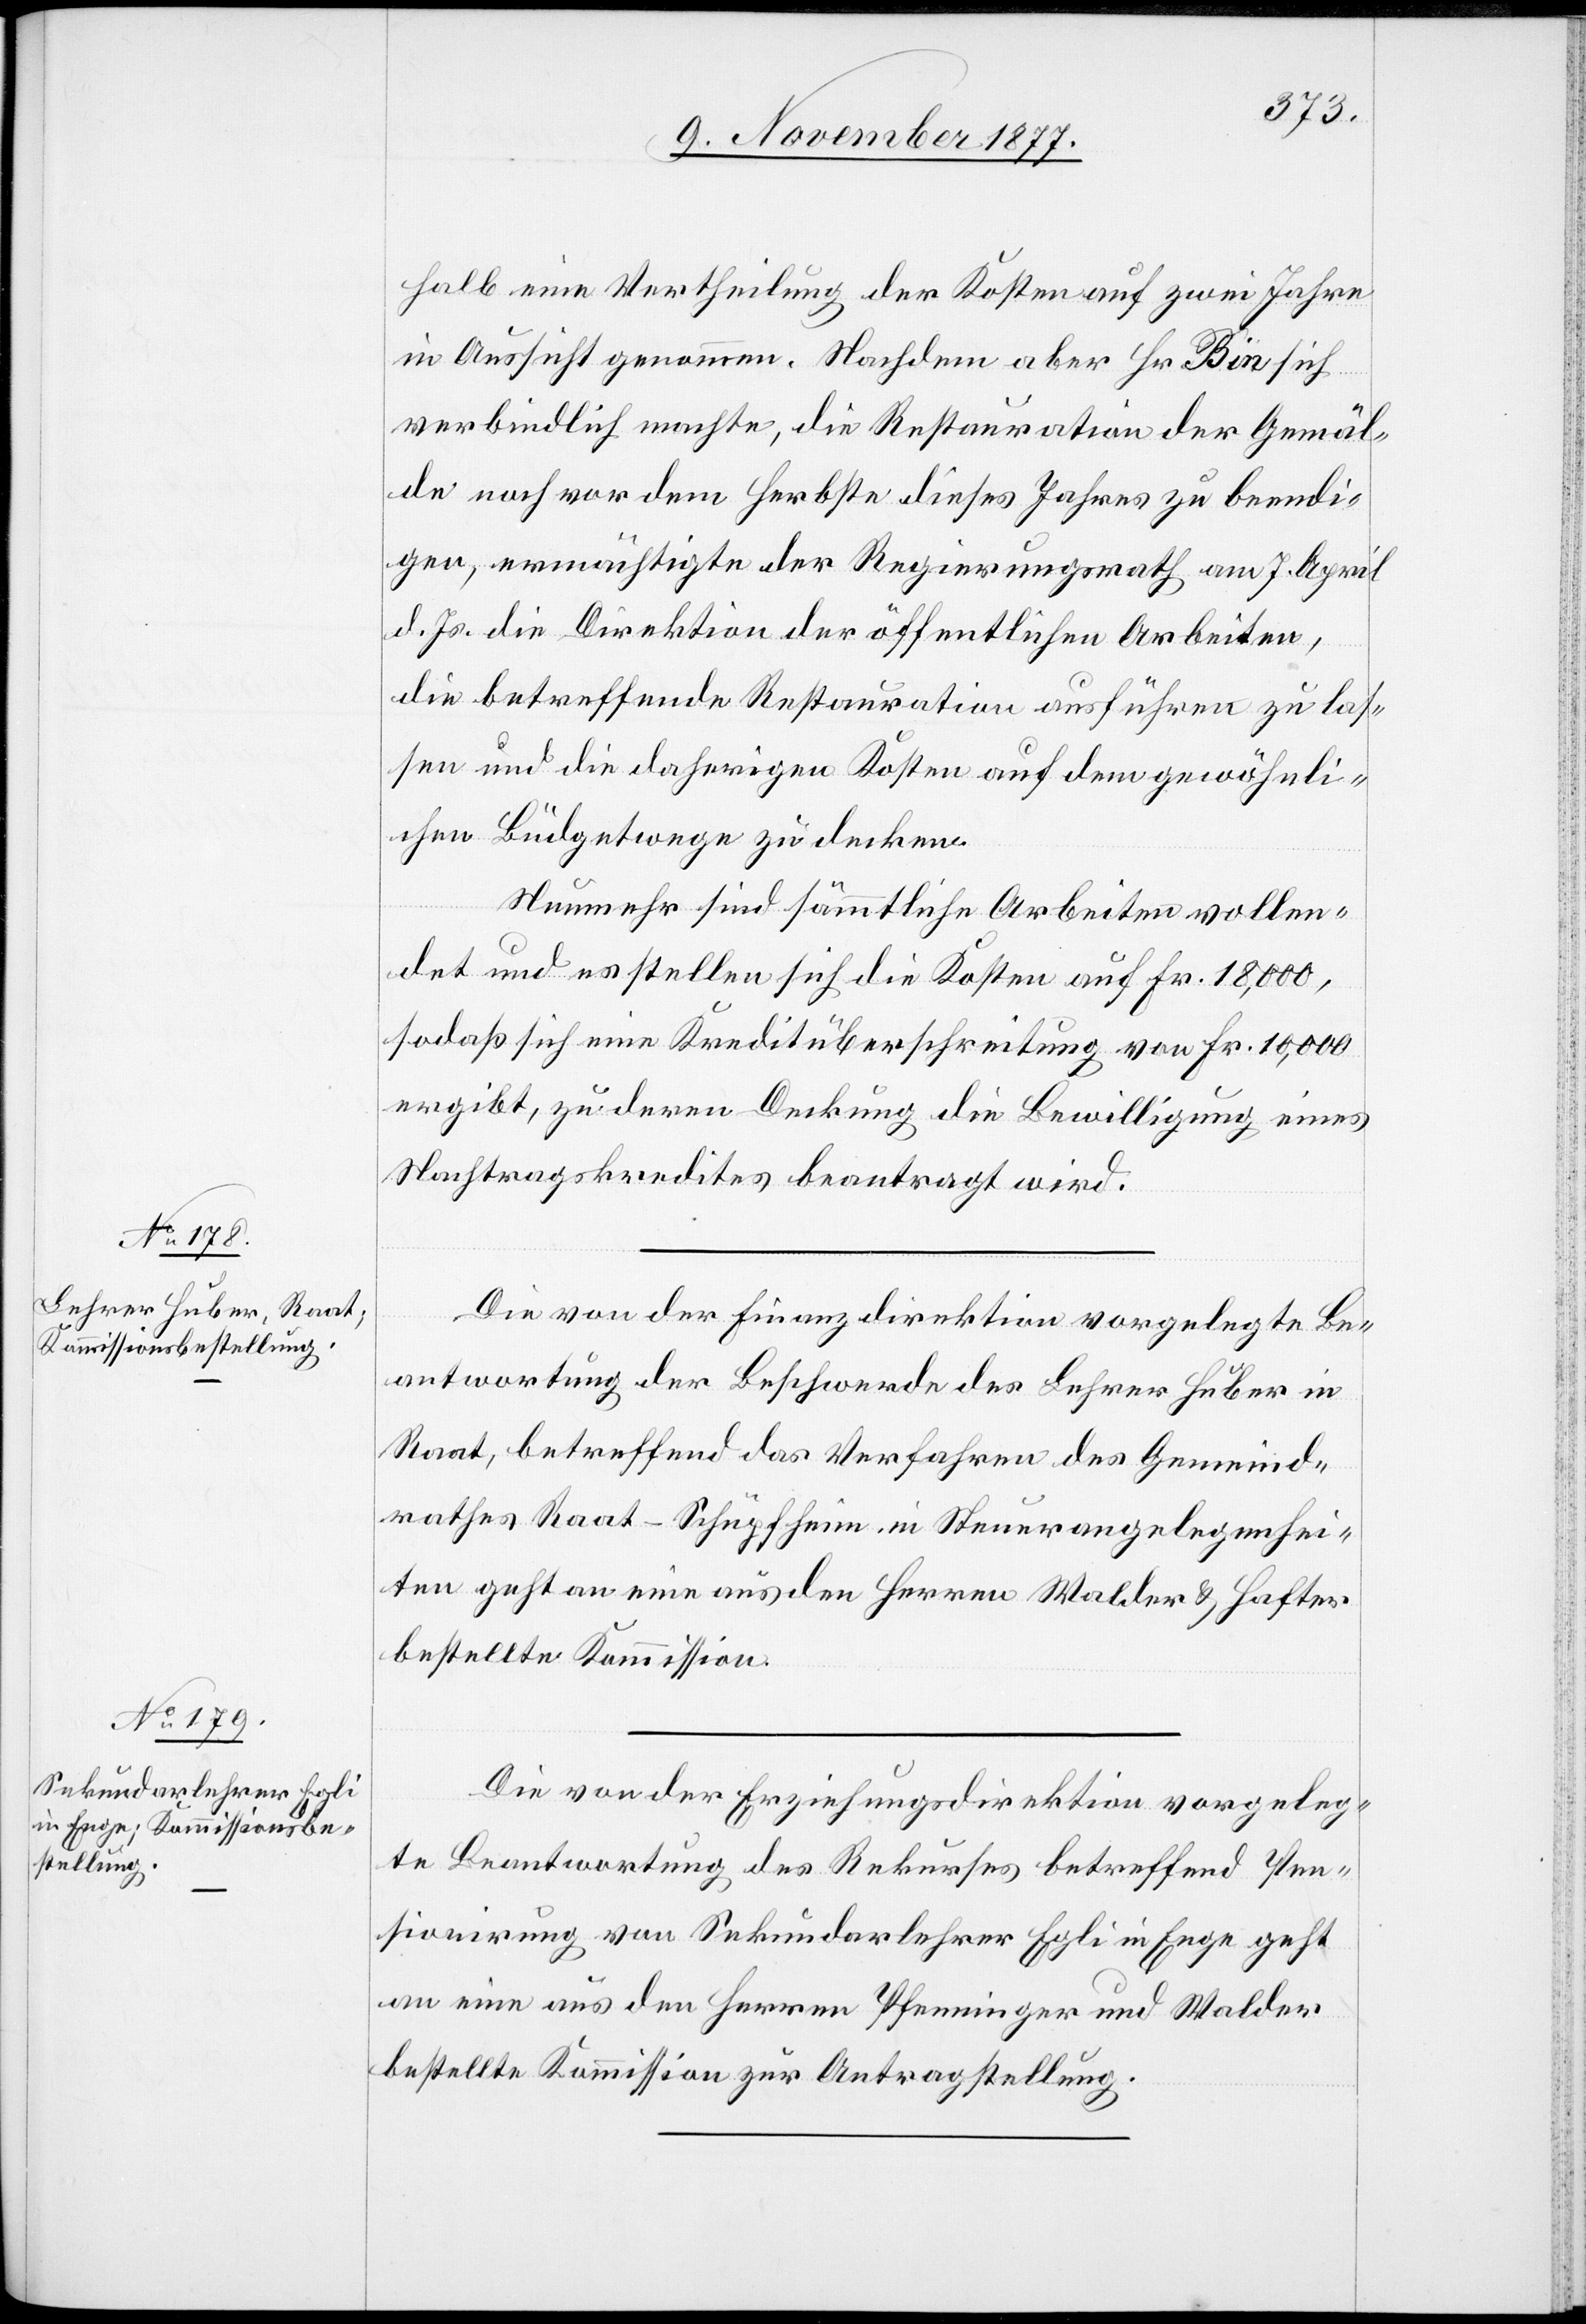
halb eine Vertheilung der Kosten auf zwei Jahre
in Aussicht genommen. Nachdem aber Hr. Bin sich
verbindlich machte, die Restauration der Gemäl¬
de noch vor dem Herbste dieses Jahres zu beendi¬
gen, ermächtigte der Regierungsrath am 7. April
d. Js. die Direktion der öffentlichen Arbeiten,
die betreffende Restauration ausführen zu las¬
sen und die daherigen Kosten auf dem gewöhnli¬
chen Büdgetwege zu decken.
Nunmehr sind sämmtliche Arbeiten vollen¬
det und es stellen sich die Kosten auf Fr. 18,000,
sodaß sich eine Kreditüberschreitung von Fr. 10,000
ergibt, zu deren Deckung die Bewilligung eines
Nachtragskredites beantragt wird.
Die von der Finanzdirektion vorgelegte Be¬
antwortung der Beschwerde des Lehrer Huber in
Raat, betreffend das Verfahren des Gemeind¬
rathes Raat-Schüpfheim in Steuerangelegenhei¬
ten geht an eine aus den Herren Walder & Hafter
bestellte Kommission.
Die von der Erziehungsdirektion vorgeleg¬
te Beantwortung des Rekurses betreffend Pen¬
sionirung von Sekundarlehrer Egli in Enge geht
an eine aus den Herren Pfenninger und Walder
bestellte Kommission zur Antragstellung.